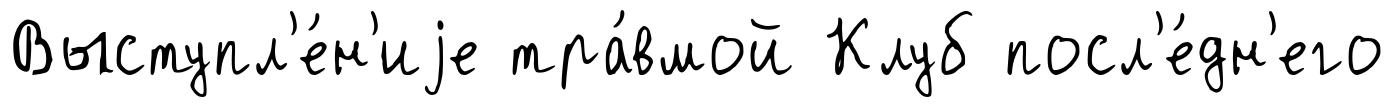
Выступл'е́н'иjе тра́вмой Клуб посл'е́дн'его